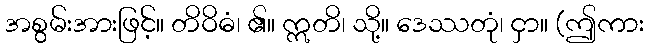
အစွမ်းအားဖြင့်။ တိဝိဓံ၊ ၏။ ဣတိ၊ သို့။ ဒေဿတုံ၊ ငှာ။ (ဤကား